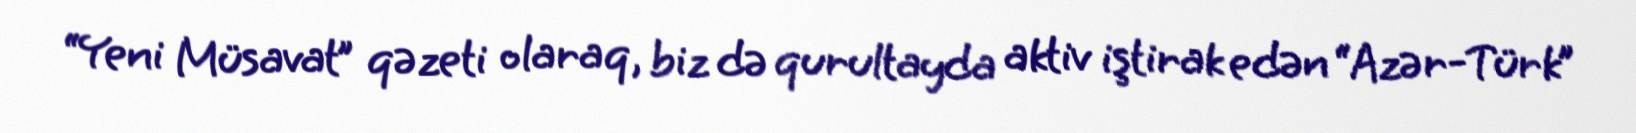
“Yeni Müsavat” qəzeti olaraq, biz də qurultayda aktiv iştirak edən “Azər-Türk”